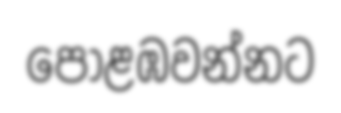
පොළඹවන්නට